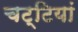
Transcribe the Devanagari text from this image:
चट्टियां